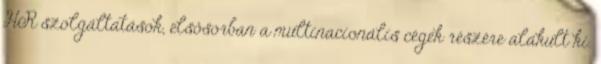
HR szolgáltatások, elsősorban a multinacionális cégek részére alakult ki.